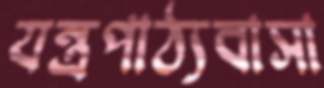
যন্ত্রপাঠ্যবাসা